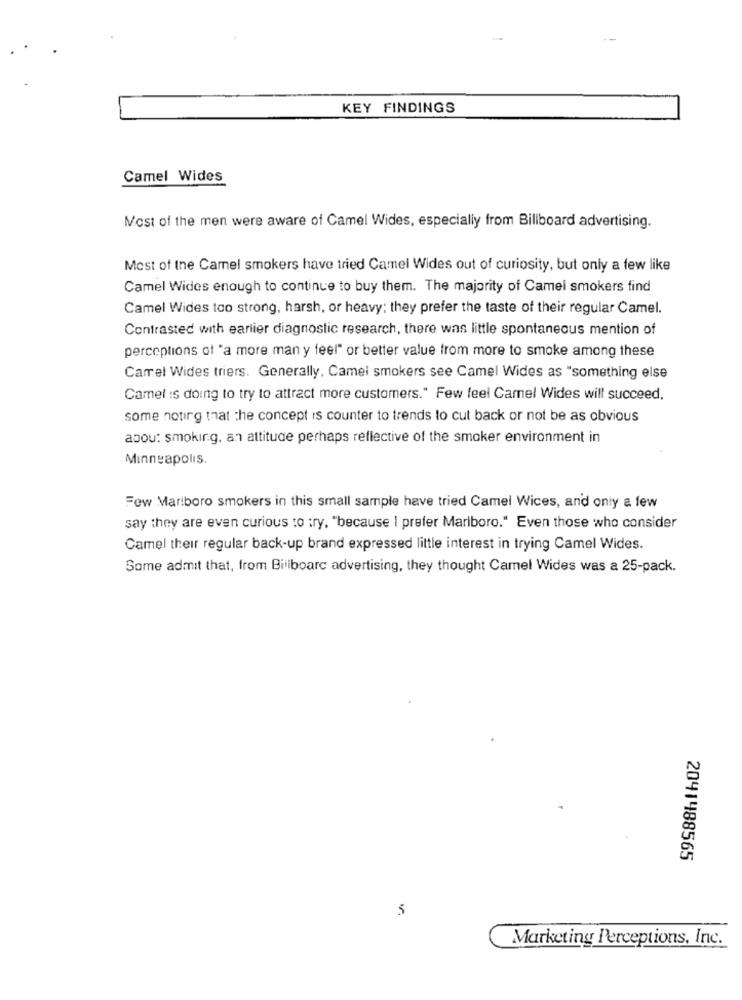
KEY FINDINGS
Camel Wides
Most of the men were aware of Camel Wides, especially from Billboard advertising.
Most of Ine Camel smokers have tried Camel Wides out of curiosity, but only a few like
Camel Wides enough to continue to buy them. The majority of Camel smokers find
Camel Wides too strong, harsh, or heavy; they prefer the taste of their regular Camel.
Contrasted with earlier diagnostic research, there was little spontaneous mention of
perceptions of "a more man y feel" or better value from more to smoke among these
Camel Wides triers. Generally, Camel smokers see Camel Wides as "something else
Camel is doing to try to attract more customers." Few feel Camel Wides will succeed,
some noting that the concept is counter to trends to cut back or not be as obvious
abou: smoking, an attitude perhaps reflective of the smoker environment in
Minneapolis.
Few Mariboro smokers in this small sample have tried Camel Wices, and only a few
say they are even curious to try, "because I prefer Marlboro." Even those who consider
Camel their regular back-up brand expressed little interest in trying Camel Wides.
Some admit that, from Biliboarc advertising, they thought Camel Wides was a 25-pack.
2041488565
5
Marketing Perceptions, Inc.